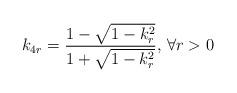
LaTeX: \begin{align*} k_{4r}=\frac{1-\sqrt{1-k_r^2}}{1+\sqrt{1-k_r^2}}\textrm{, }\forall r>0\end{align*}